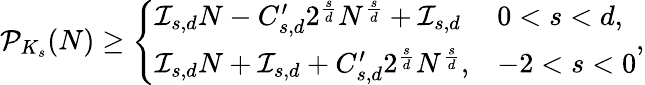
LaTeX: \mathcal{P}_{K_{s}}(N)\geq\left\{ \begin{array}{ll}{\mathcal{I}_{s,d}N-C_{s,d}^{\prime}2^{\frac{s}{d}}N^{\frac{s}{d}}+\mathcal{I}_{s,d}}&{0<s<d,}\\ {\mathcal{I}_{s,d}N+\mathcal{I}_{s,d}+C_{s,d}^{\prime}2^{\frac{s}{d}}N^{\frac{s}{d}},}&{-2<s<0}\end{array}\right.,